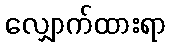
လျှောက်ထားရာ